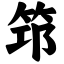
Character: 筇